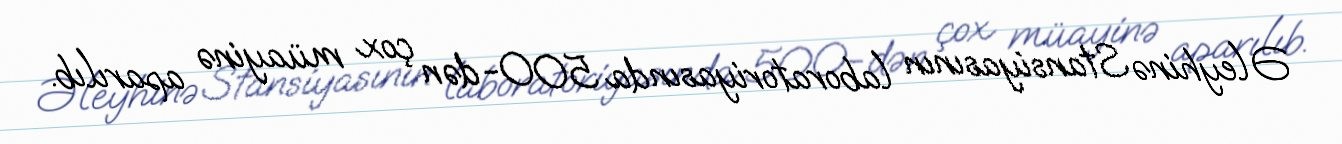
Əleyhinə Stansiyasının laboratoriyasında 500-dən çox müayinə aparılıb.